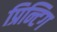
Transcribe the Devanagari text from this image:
प्रिन्टिग